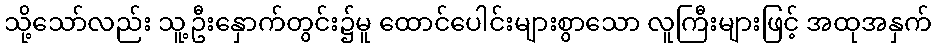
သို့သော်လည်း သူ့ဦးနှောက်တွင်း၌မူ ထောင်ပေါင်းများစွာသော လူကြီးများဖြင့် အထုအနှက်